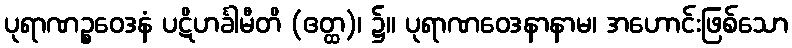
ပုရာဏဉ္စဝေဒနံ ပဋိဟင်္ခါမီတိ (ဧတ္ထ)၊ ၌။ ပုရာဏဝေဒနာနာမ၊ အဟောင်းဖြစ်သော